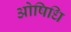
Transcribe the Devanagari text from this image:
ओषिधि